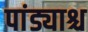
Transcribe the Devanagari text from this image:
पांड्याश्च